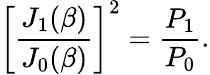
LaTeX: \left[\frac{J_{1}(\beta)}{J_{0}(\beta)}\right]^{2}=\frac{P_{1}}{P_{0}}.